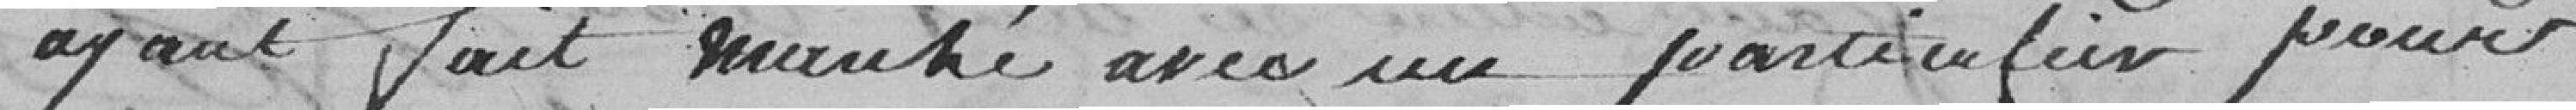
ayant fait marché avec un particulier pour